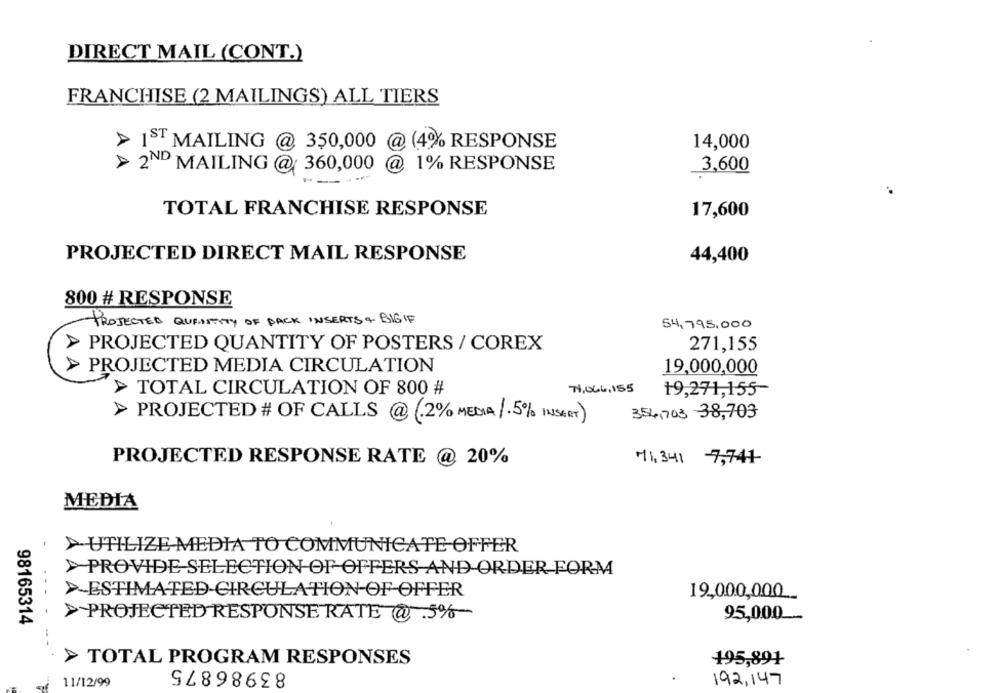
DIRECT MAIL (CONT.)
FRANCHISE (2 MAILINGS) ALL TIERS
> 1ST MAILING @ 350,000 @ (4% RESPONSE
14,000
21% RESPONSE
> 2ND MAILING @ 360,000 @
3,600
TOTAL FRANCHISE RESPONSE
17,600
PROJECTED DIRECT MAIL RESPONSE
44,400
800 # RESPONSE
PROJECTED QUANTITY OF PACK INSERTS & BIG IF
54,795.000
A
PROJECTED QUANTITY OF POSTERS / COREX
271,155
A
PROJECTED MEDIA CIRCULATION
19,000,000
> TOTAL CIRCULATION OF 800 #
71,066 , 155
19,271,155
354,703 38,703
> PROJECTED # OF CALLS @ (2% MEDIA /.5% INSERT)
PROJECTED RESPONSE RATE @ 20%
71,341 7,741
MEDIA
>UTILIZE MEDIA TO COMMUNICATE OFFER
>PROVIDE SELECTION OF OFFERS AND ORDER FORM
>ESTIMATED-CIRCULATION OF OFFER
19,000,000
....
>PROJECTED RESPONSE RATE @ 5%-
95,000
98165314
> TOTAL PROGRAM RESPONSES
83986875
195,891
11/12/99
192,147